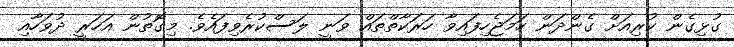
ގުޅިގެން ކުރިއަށް ގެންދަން ހަމަޖެހިފައިވާ ހަރަކާތްތައް ވަނީ ލަސްކުރެވިފައެވެ. މިގޮތުން އަހަރީ ދުވަހާއި